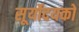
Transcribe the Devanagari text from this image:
सूर्योदयको